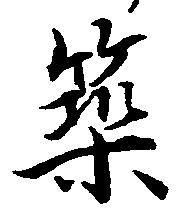
築